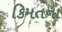
કિમતના